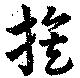
族